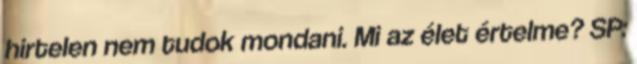
hirtelen nem tudok mondani. Mi az élet értelme? SP: